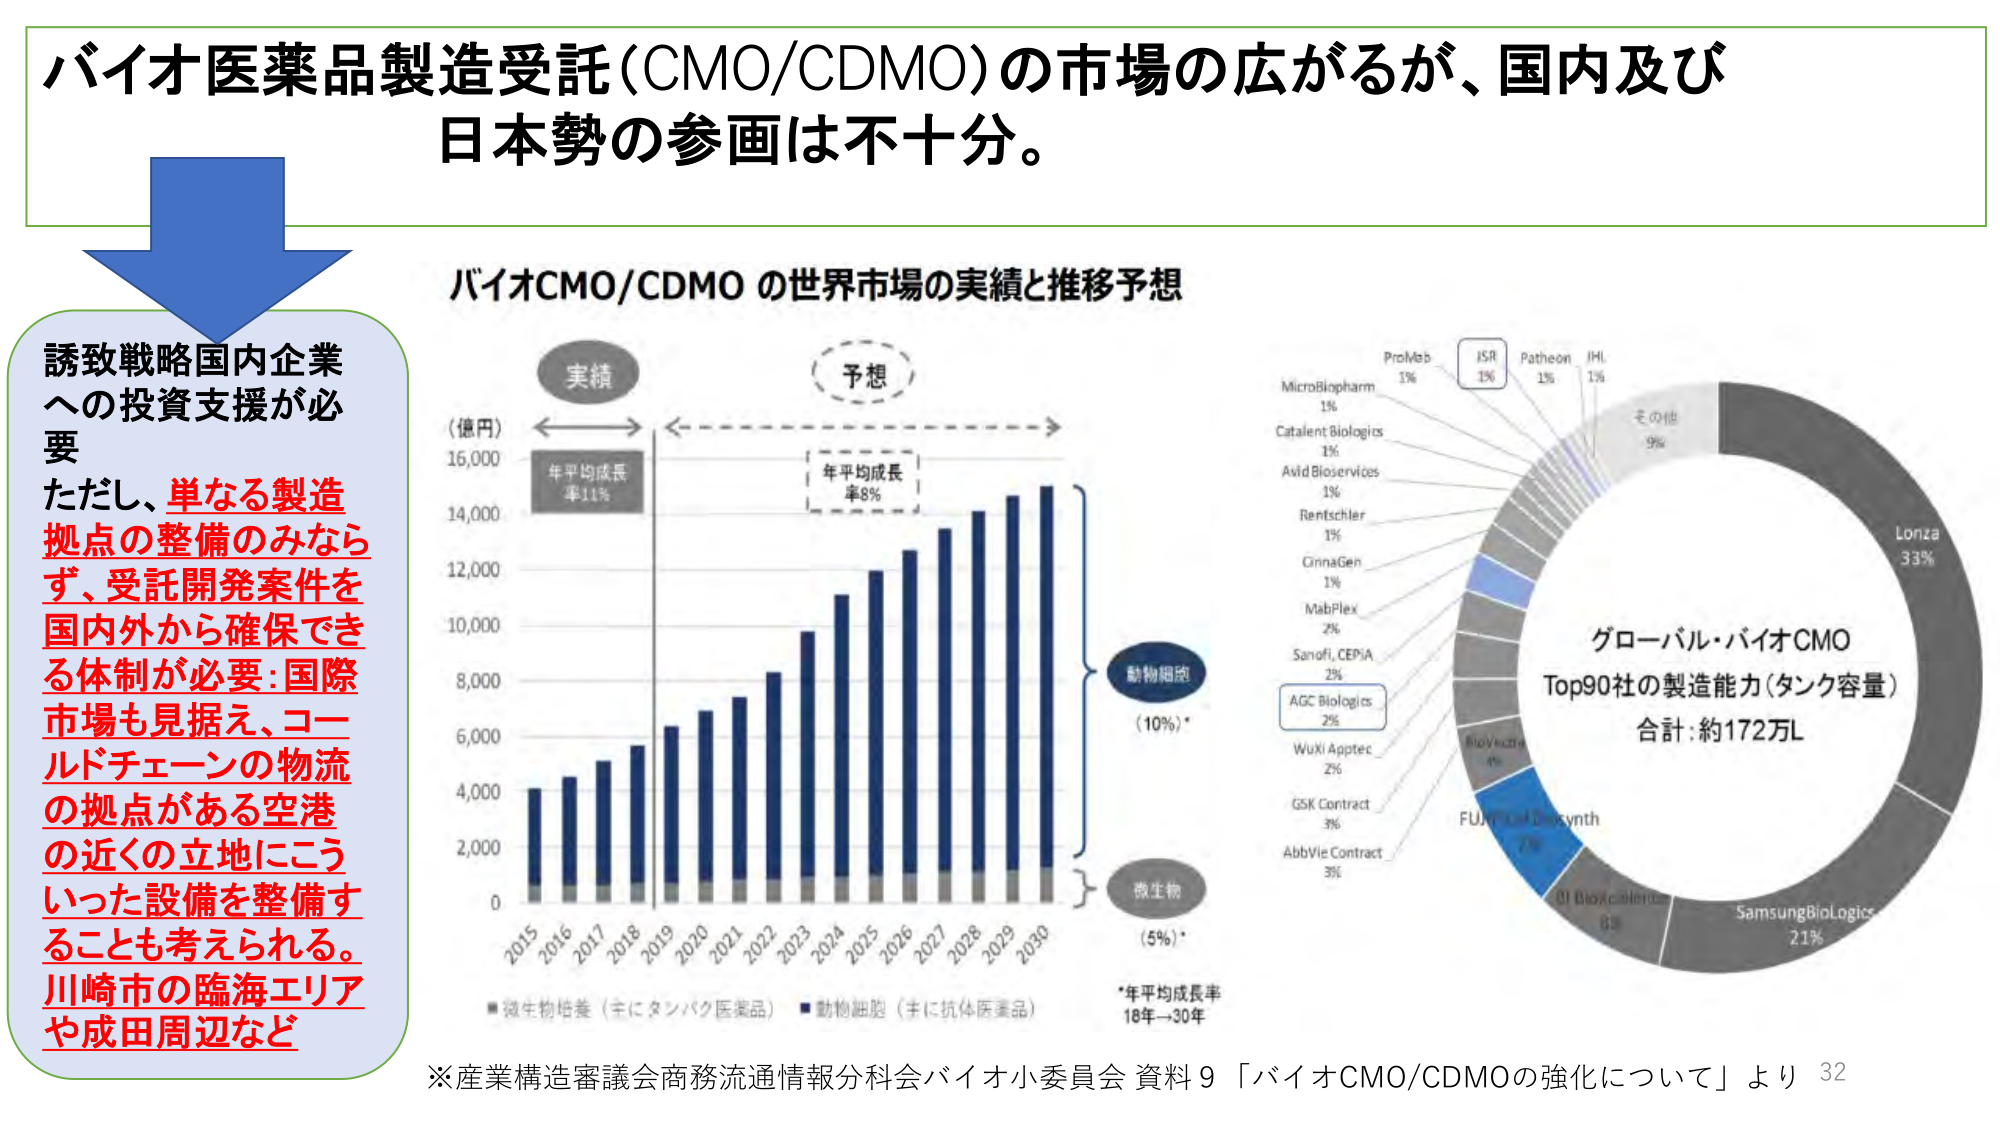
バイオ医薬品製造受託(CMO/CDMO)の市場の広がるが、国内及び
日本勢の参画は不十分。

誘致戦略国内企業
への投資支援が必要
ただし、単なる製造
拠点の整備のみなら
ず、受託開発案件を
国内外から確保でき
る体制が必要：国際
市場も見据え、コー
ルドチェーンの物流
の拠点がある空港
の近くの立地にこう
いった設備を整備す
ることも考えられる。
川崎市の臨海エリア
や成田周辺など

バイオCMO/CDMO の世界市場の実績と推移予想

（億円）
16,000
14,000
12,000
10,000
8,000
6,000
4,000
2,000
0
2015 2016 2017 2018 2019 2020 2021 2022 2023 2024 2025 2026 2027 2028 2029 2030

実績
年平均成長
率11%

予想
年平均成長
率8%

動物細胞
（10%）*

微生物
（5%）*

*年平均成長率
18年→30年

■微生物培養（主にタンパク医薬品） ■動物細胞（主に抗体医薬品）

MicroBiopharm 1%
Catalent Biologics 1%
Avid Bioservices 1%
Rentechler 1%
CinnaGen 1%
MabPlex 2%
Sanofi, CEPiA 2%
AGC Biologics 2%
WuXi AppTec 2%
GSK Contract 3%
AbbVie Contract 3%
ProMab 1%
ISR 1%
Patehon 1%
IHL 1%
その他 9%
Lonza 33%
グローバル・バイオCMO
Top90社の製造能力（タンク容量）
合計：約172万L
BioVectra 4%
FUJIFILM Diosynth 7%
OI Biopharma 8%
SamsungBiologics 21%

※産業構造審議会商務流通情報分科会バイオ小委員会 資料9 「バイオCMO/CDMOの強化について」より 32